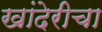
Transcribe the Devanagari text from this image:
खांदेरीचा